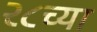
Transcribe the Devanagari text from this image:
२८च्या